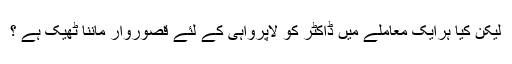
لیکِن کیا ہرایک معاملے میں ڈاکٹر کو لاپرواہی کے لئے قصوروار ماننا ٹھیک ہے ؟